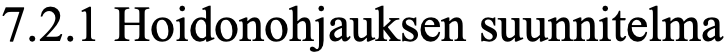
7.2.1 Hoidonohjauksen suunnitelma